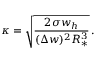
\kappa = \sqrt { \frac { 2 \sigma w _ { h } } { ( \Delta w ) ^ { 2 } R _ { * } ^ { 3 } } } \, .